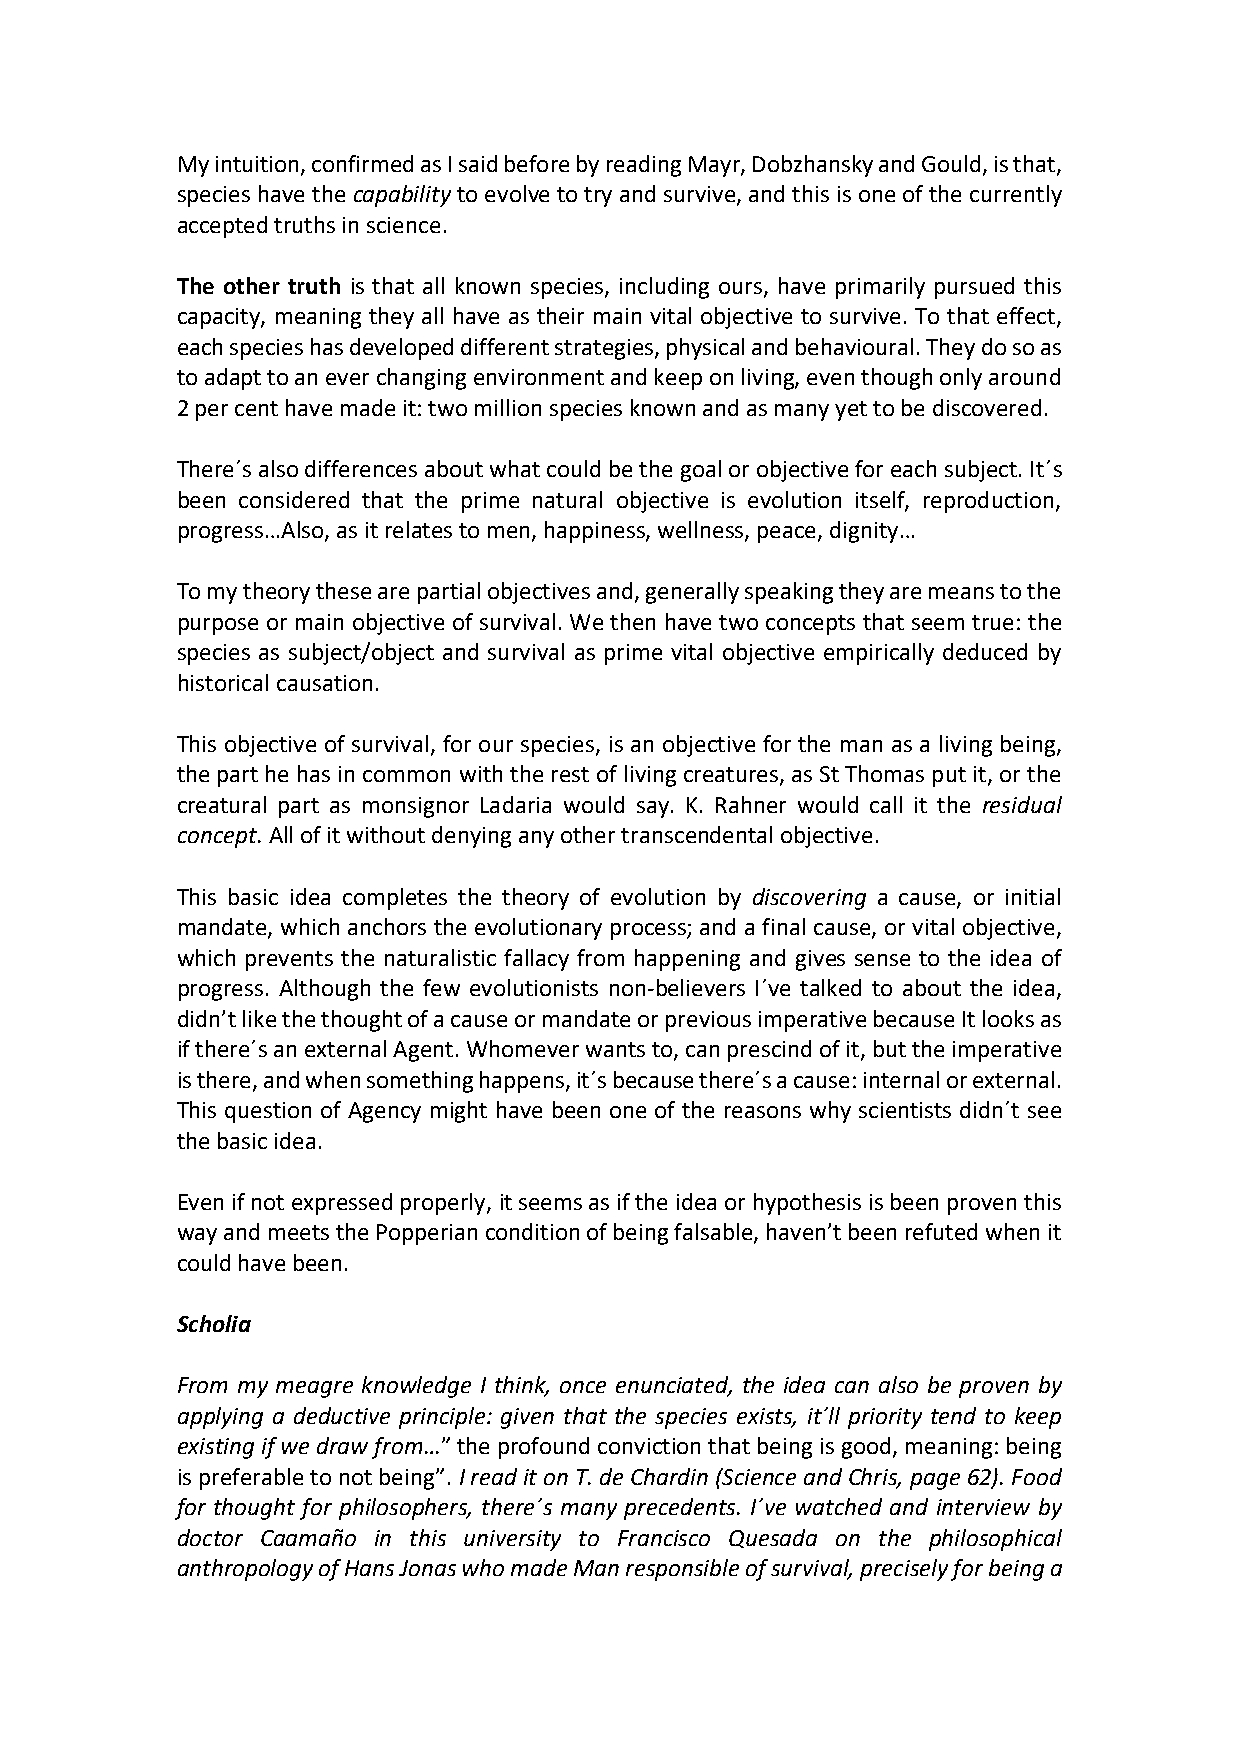
My intuition, confirmed as I said before by reading Mayr, Dobzhansky and Gould, is that,
 species have the capability to evolve to try and survive, and this is one of the currently
 accepted truths in science.
 The other truth is that all known species, including ours, have primarily pursued this
 capacity, meaning they all have as their main vital objective to survive. To that effect,
 each species has developed different strategies, physical and behavioural. They do so as
 to adapt to an ever changing environment and keep on living, even though only around
 2 per cent have made it: two million species known and as many yet to be discovered.
 There´s also differences about what could be the goal or objective for each subject. It´s
 been considered that the prime natural objective is evolution itself, reproduction,
 progress…Also, as it relates to men, happiness, wellness, peace, dignity…
 To my theory these are partial objectives and, generally speaking they are means to the
 purpose or main objective of survival. We then have two concepts that seem true: the
 species as subject/object and survival as prime vital objective empirically deduced by
 historical causation.
 This objective of survival, for our species, is an objective for the man as a living being,
 the part he has in common with the rest of living creatures, as St Thomas put it, or the
 creatural part as monsignor Ladaria would say. K. Rahner would call it the residual
 concept. All of it without denying any other transcendental objective.
 This basic idea completes the theory of evolution by discovering a cause, or initial
 mandate, which anchors the evolutionary process; and a final cause, or vital objective,
 which prevents the naturalistic fallacy from happening and gives sense to the idea of
 progress. Although the few evolutionists non-believers I´ve talked to about the idea,
 didn’t like the thought of a cause or mandate or previous imperative because It looks as
 if there´s an external Agent. Whomever wants to, can prescind of it, but the imperative
 is there, and when something happens, it´s because there´s a cause: internal or external.
 This question of Agency might have been one of the reasons why scientists didn´t see
 the basic idea.
 Even if not expressed properly, it seems as if the idea or hypothesis is been proven this
 way and meets the Popperian condition of being falsable, haven’t been refuted when it
 could have been.
 Scholia
 From my meagre knowledge I think, once enunciated, the idea can also be proven by
 applying a deductive principle: given that the species exists, it´ll priority tend to keep
 existing if we draw from…” the profound conviction that being is good, meaning: being
 is preferable to not being”. I read it on T. de Chardin (Science and Chris, page 62). Food
 for thought for philosophers, there´s many precedents. I´ve watched and interview by
 doctor Caamaño in this university to Francisco Quesada on the philosophical
 anthropology of Hans Jonas who made Man responsible of survival, precisely for being a